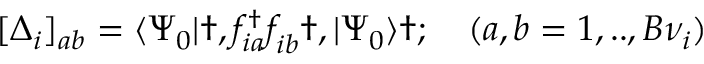
\begin{array} { r } { [ \Delta _ { i } ] _ { a b } = \langle \Psi _ { 0 } | \dag , f _ { i a } ^ { \dagger } f _ { i b } ^ { \phantom { \dagger } } \dag , | \Psi _ { 0 } \rangle \dag ; \quad ( a , b = 1 , . . , B \nu _ { i } ) } \end{array}